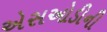
એસઓડીની